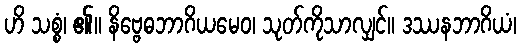
ဟိ သစ္စံ၊ ၏။ နိဗ္ဗေဓဘာဂိယမေဝ၊ သုတ်ကိုသာလျှင်။ ဒဿနဘာဂိယံ၊